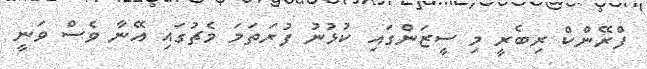
ފްރޭންކް ރިބެރީ މި ސީޒަންގައި ކުޅުނު ފުރަތަމަ މެޗުގައި އޭނާ ވެސް ވަނީ